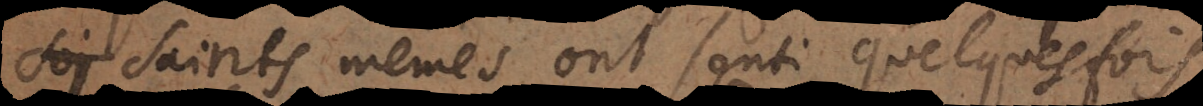
les Saints mêmes ont senti quelquefois